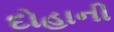
દોહાની